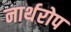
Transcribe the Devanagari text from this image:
नार्थरोप